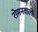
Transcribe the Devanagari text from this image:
रोमनवालों